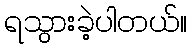
ရသွားခဲ့ပါတယ်။